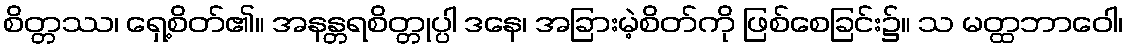
စိတ္တဿ၊ ရှေ့စိတ်၏။ အနန္တရစိတ္တုပ္ပါ ဒနေ၊ အခြားမဲ့စိတ်ကို ဖြစ်စေခြင်း၌။ သ မတ္ထဘာဝေါ၊